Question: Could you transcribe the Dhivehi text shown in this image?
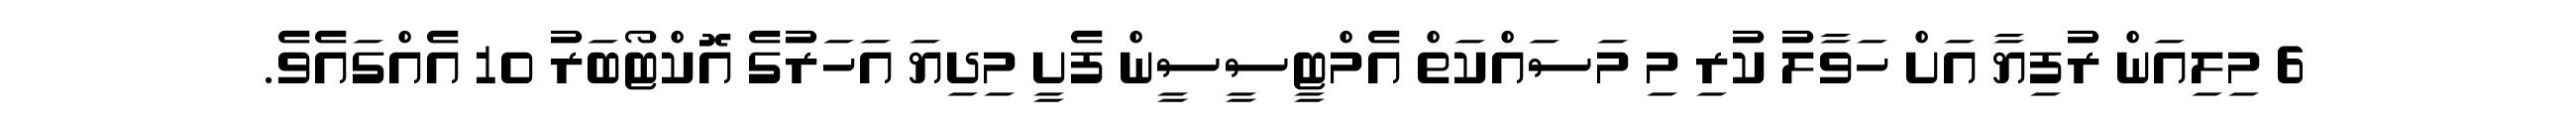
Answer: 6 މިލިއަން ރުފިޔާ އަށް ހަވާލު ކުރި މި މަސައްކަތް އެމްޓީސީސީން ފެށީ މިދިޔަ އަހަރުގެ އޮކްޓޯބަރު 10 އެއްގައެވެ.